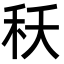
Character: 秗